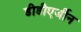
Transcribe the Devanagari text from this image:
डीडीएर्जीन